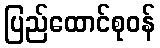
ပြည်ထောင်စုဝန်